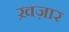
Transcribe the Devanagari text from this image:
ख़ज़ार